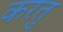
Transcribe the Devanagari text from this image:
करतु